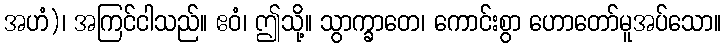
အဟံ)၊ အကြင်ငါသည်။ ဧဝံ၊ ဤသို့။ သွာက္ခာတေ၊ ကောင်းစွာ ဟောတော်မူအပ်သော။